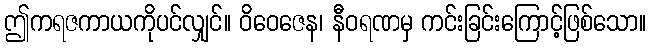
ဤကရဇကာယကိုပင်လျှင်။ ဝိဝေဇေန၊ နီဝရဏမှ ကင်းခြင်းကြောင့်ဖြစ်သော။